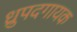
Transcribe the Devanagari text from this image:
ध्रुपदगायक